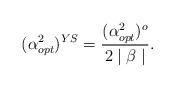
LaTeX: \begin{align*}(\alpha^{2}_{opt})^{YS}=\frac{(\alpha^{2}_{opt})^{o}}{2\mid\beta\mid}.\end{align*}